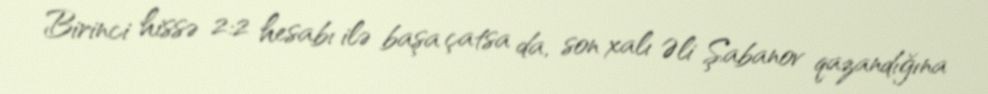
Birinci hissə 2:2 hesabı ilə başa çatsa da, son xalı Əli Şabanov qazandığına